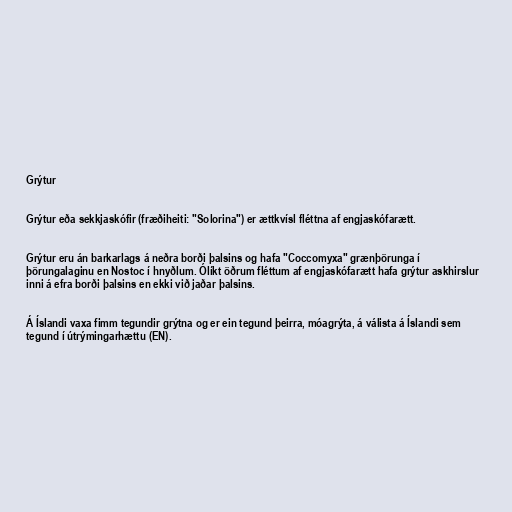
Grýtur

Grýtur eða sekkjaskófir (fræðiheiti: "Solorina") er ættkvísl fléttna af engjaskófarætt.

Grýtur eru án barkarlags á neðra borði þalsins og hafa "Coccomyxa" grænþörunga í
þörungalaginu en Nostoc í hnyðlum. Ólíkt öðrum fléttum af engjaskófarætt hafa grýtur askhirslur
inni á efra borði þalsins en ekki við jaðar þalsins.

Á Íslandi vaxa fimm tegundir grýtna og er ein tegund þeirra, móagrýta, á válista á Íslandi sem
tegund í útrýmingarhættu (EN).